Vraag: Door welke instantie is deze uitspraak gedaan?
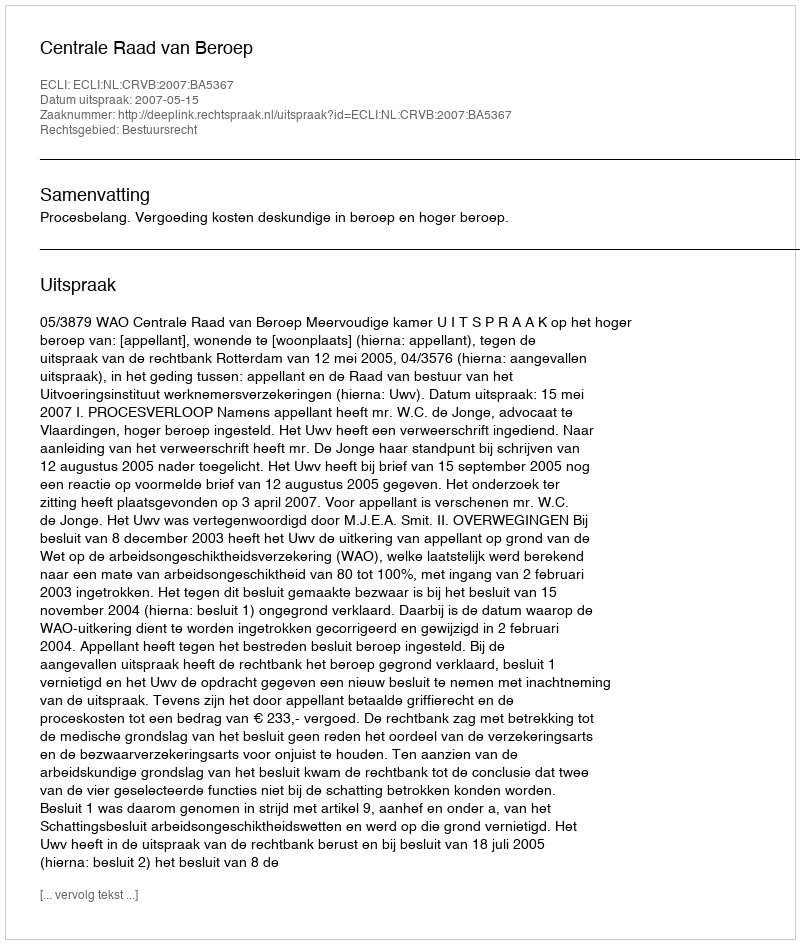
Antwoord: Centrale Raad van Beroep